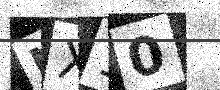
Text: NX10